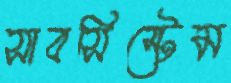
সাবসিস্টেম